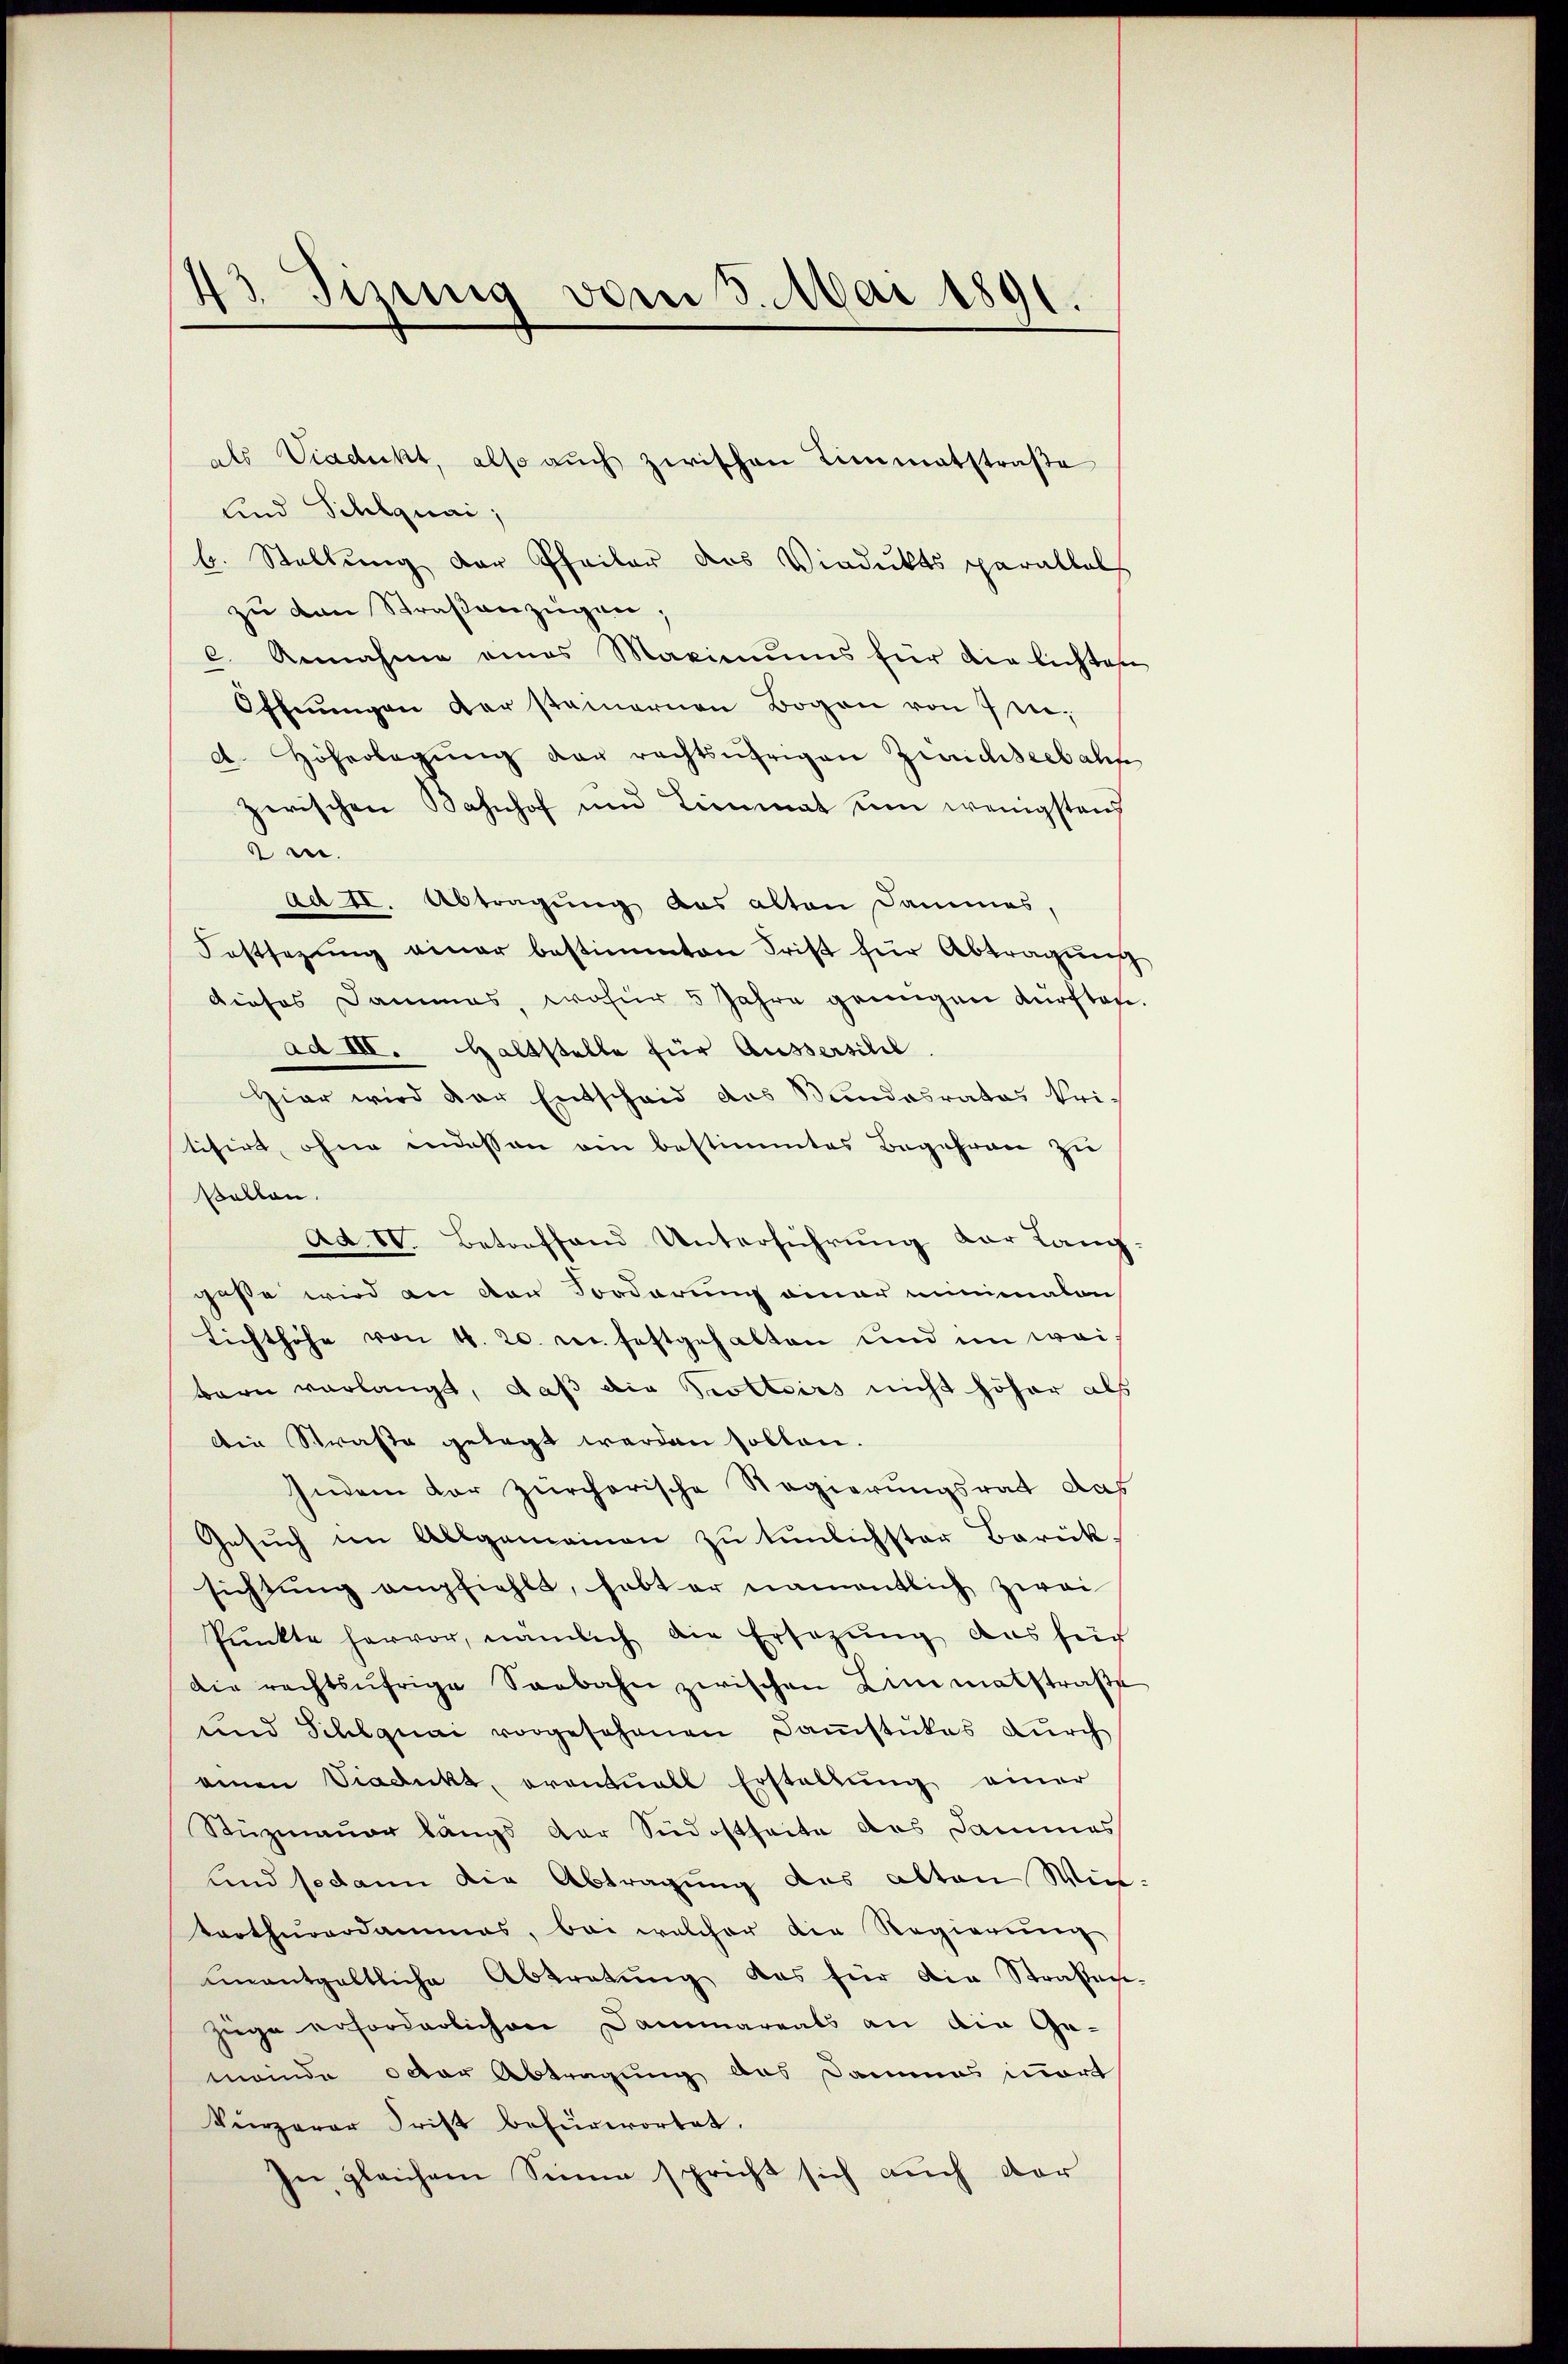
13 Jizung vom 3. Mai 1891.

als Viadukt, also auch zwischen Limmatstraße
und Schlguai,
b. Stellung der Pfeiler das Viadukts parallels
zŭ den Straßenzügen;
c. Annahme eines Maximums für die lichten
Offnŭngen der stainernen Bogen von 7 died. Höherlegŭng der rechtsufrigen Zürichseebahn
zwischen Bahnhof und Limmat um wenigsten
m.
ad II. Abtragung aus alten Dammes,
Festsezŭng einer bestimmten Frist für Abtragung
dieses Dammes, wofür 5 Jahre genügen dürften.
ad III. Haltstelle für Ausserschil
Hier wird der Entscheid das Stundesrates Pritisirt, ohne indessen ein bestimmtes Begehren zu
Bollen.
Ad IV. Betreffend Unterführŭng der Lang-
passe wird an der Forderung einer minimalon
Lichthöhe von 4. 20. c. festgehalten und im weibarn verlangt, daß die Prottoirs nicht höher als
Die Straße gelegt werden sollen.
Indem der zürcherische Regierungsrat das
Gesŭch im Allgemeinen zŭ tŭnlichster Barük.
sichtung empfiehlt, habt er namentlich zwei
Punkte hervor, nämlich die Ersezung aus sich
die rechtsufrige Seebahn zwischen Limmatstraβe
und Schlquai vorgesehenen Samstükes durch
einen Viadukt, orantuall Erstellung einer
Stüzmauer längs der Südostheite des Dammes
und sodann die Abtragung des alten Winterthurerdammes, bei welcher die Regierŭng
ŭnentgeltliche Abtretŭng das für die Straßen-
Züge erforderlichen Dammareals an die Ge-
meinde octor Abtragung aus Dammes mort
kurzerer Frist befürwortet.
In gleichem Sinne spricht sich auch der